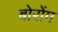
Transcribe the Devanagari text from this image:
बोरोंग